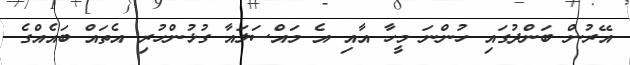
އޭރުން ބަންދުގައި ހުންނަ މީހާ އާއި އެ މައްސަލައާ ގުޅުންހުރި އެތައް ބައެއްގެ